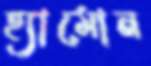
হ্যামোন